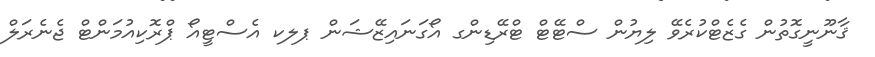
ޤާނޫނީގޮތުން ގެޒެޓްކުރެވޭ ލިޔުން ސްޓޭޓް ޓްރޭޑިންގ އޯގަނައިޒޭޝަން ޕލކ އެސްޓީއޯ ޕްރޮކިއުމަންޓް ޖެނެރަލް